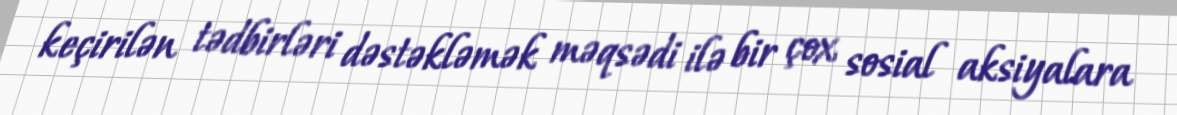
keçirilən tədbirləri dəstəkləmək məqsədi ilə bir çox sosial aksiyalara